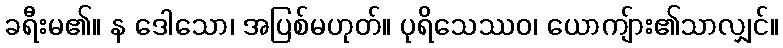
ခရီးမ၏။ န ဒေါသော၊ အပြစ်မဟုတ်။ ပုရိသေဿဝ၊ ယောကျ်ား၏သာလျှင်။